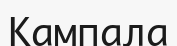
Кампала